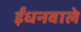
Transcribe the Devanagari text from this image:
ईंधनवाले